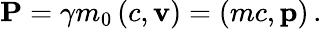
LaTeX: \mathbf{P}=\gamma m_{0}\left(c,\mathbf{v}\right)=(mc,\mathbf{p})\, .